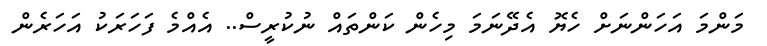
މަންމަ އަހަންނަށް ހެޔޮ އެދޭނަމަ މިހެން ކަންތައް ނުކުރީސް.. އެއްމެ ފަހަރަކު އަހަރެން